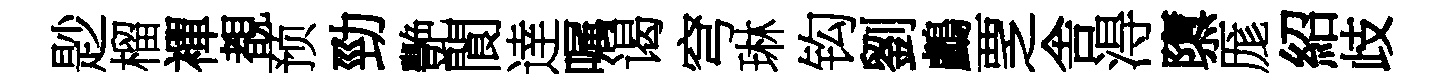
尟榴襌覩预勁艷閬逹嘱谒穹琳钩劉鸕覂舎淂隳厖紹歧